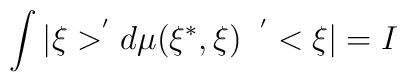
\int |\xi >^{^{\prime }}d\mu (\xi ^{*},\xi ) \;\; ^{^{\prime }}<\xi |=I